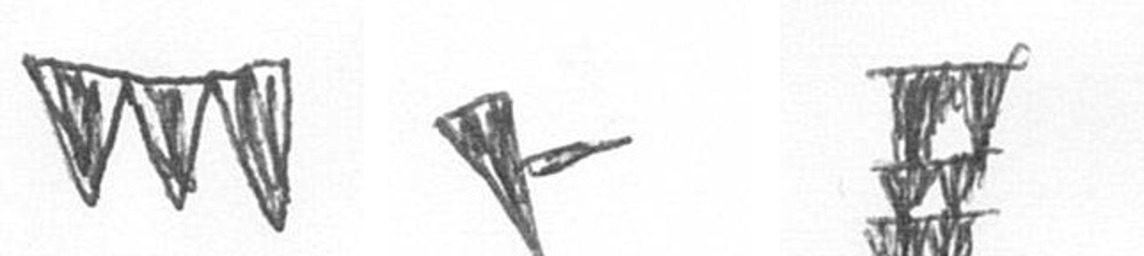
L F Y